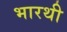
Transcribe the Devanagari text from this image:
भारथी